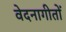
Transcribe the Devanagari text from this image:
वेदनागीतों